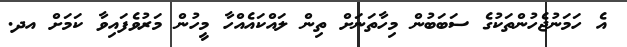
އެ ހަމަނުޖެހުންތަކުގެ ސަބަބުން މިހާތަނަށް ތިން ލައްކައެއްހާ މީހުން މަރުވެފައިވާ ކަމަށް އދ.